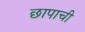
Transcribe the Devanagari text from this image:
छापाची